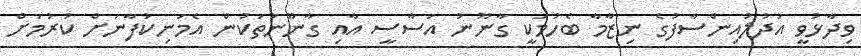
ވިދާޅުވީ އަދުލުއިންސާފުގެ ނިޒާމާ ބެހުމަކީ ގާނޫނު އަސާސީ އާއި ގާނޫނުތަކުން އެމަނިކުފާނަށް ކުރުމަށް